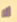
ألا